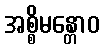
အစ္စိမန္တောဝ